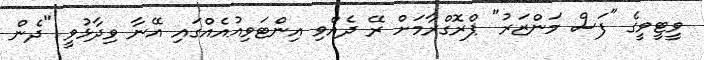
ވީޓީވީގެ "ފަސް މަންޒަރު" ޕްރޮގްރާމަށް ރޭ ދެއްވި އިންޓަވިއުއެއްގައި އޭނާ ވިދާޅުވީ "ދެން